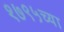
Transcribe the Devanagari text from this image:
१७९५च्या